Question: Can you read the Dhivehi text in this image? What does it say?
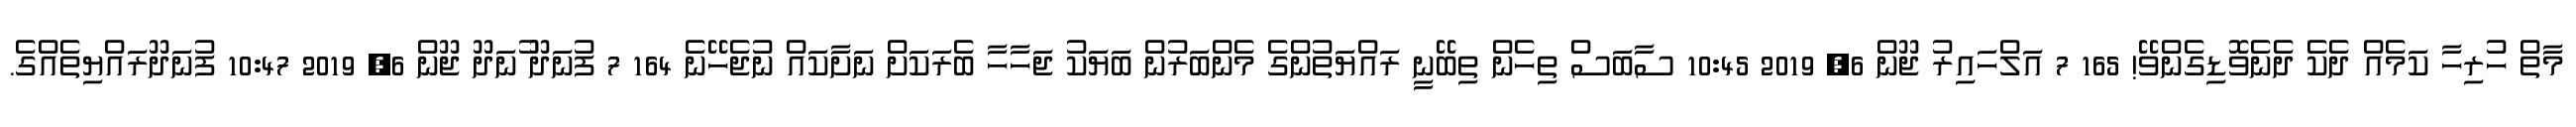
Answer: މާތް ހުރިހާ ކަމެއް ދެކެ ދެނެވޮޑިގެންވޭ! 165 7 އަލްހައިރު ޖޫން 6, 2019 10:45 ސާބަސް ތިހެން ތިބޭނީ ރައްޔަތުންގެ މެންބަރުން ބަޔަކު ޖަހާހާ ބެރަކަށް ނަށާކައް ނުޖެހޭނެ 164 7 ފުނަދޫ ުނަދޫ ޖޫން 6, 2019 10:47 ފުނަދޫރައްޔިތެއްގެ.